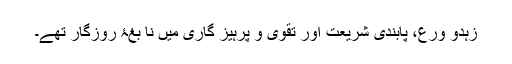
زہدو ورع، پابندی شریعت اور تقویٰ و پرہیز گاری میں نا بغۂ روزگار تھے۔